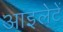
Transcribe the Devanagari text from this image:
आइलेटें